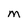
Character: M